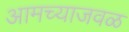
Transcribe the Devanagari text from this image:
आमच्याजवळ